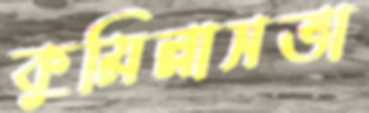
কুমিল্লাসভা